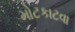
મોટકાટવા